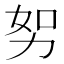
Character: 𭄥